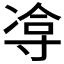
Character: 𪧹